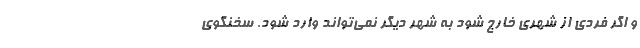
و اگر فردی از شهری خارج شود به شهر دیگر نمی‌تواند وارد شود. سخنگوی